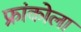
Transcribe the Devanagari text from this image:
फ्रांकोला